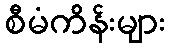
စီမံကိန်းများ